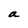
Character: a